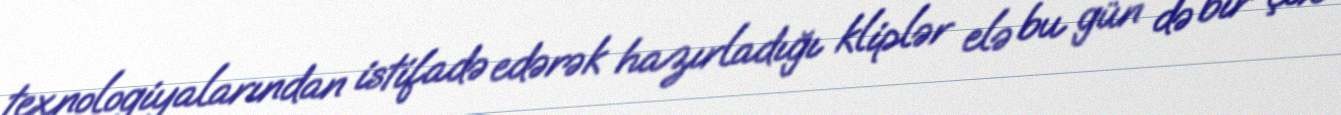
texnologiyalarından istifadə edərək hazırladığı kliplər elə bu gün də bir çox